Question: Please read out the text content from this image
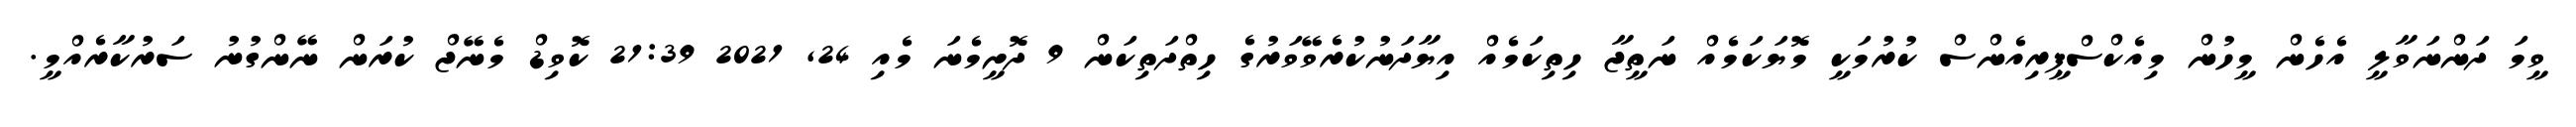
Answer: ވީމަ ދަންނަވާލީ އެހެން މީހުން މިއެކްސްޕީރިއެންސް ކުރުމަކީ މޮޔަކަމެއް ނަތީޖާ ހިތިކަމެއް އިޔާދަނުކުރެވޭވަރުގެ ހިތްދަތިކަން 9 ދޮށީމެނަ މެއި 24, 2021 21:39 ކޮވިޑް މެނޭޖް ކުރަން ނޭންގުނު ސަރުކާރެއްމީ.